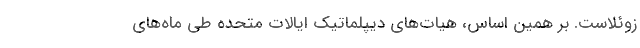
زوئلاست. بر همین اساس، هیات‌های دیپلماتیک ایالات متحده طی ماه‌های